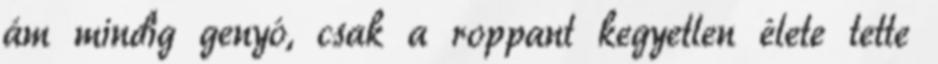
ám mindig genyó, csak a roppant kegyetlen élete tette